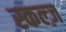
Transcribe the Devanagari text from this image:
स्कल्ज़